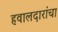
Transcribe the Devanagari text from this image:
हवालदारांचा